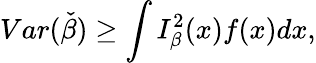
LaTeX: Var(\check{\beta})\geq\int I_{\beta}^{2}(x)f(x)dx,